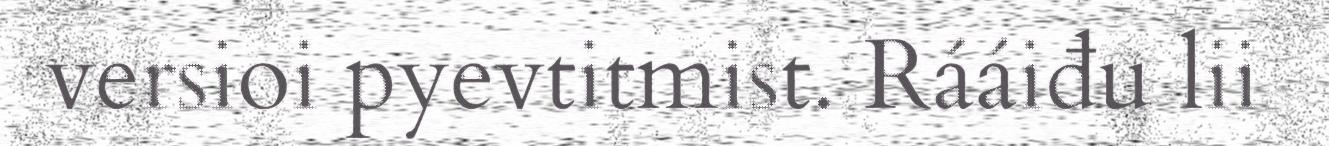
versioi pyevtitmist. Rááiđu lii